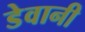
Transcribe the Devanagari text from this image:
डेवानी